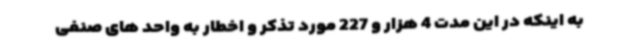
به اینکه در این مدت 4 هزار و 227 مورد تذکر و اخطار به واحد های صنفی